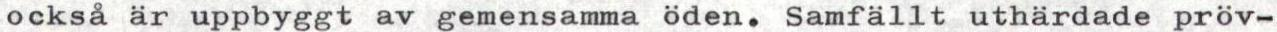
också är uppbyggt av gemensamma öden. Samfällt uthärdade pröv-